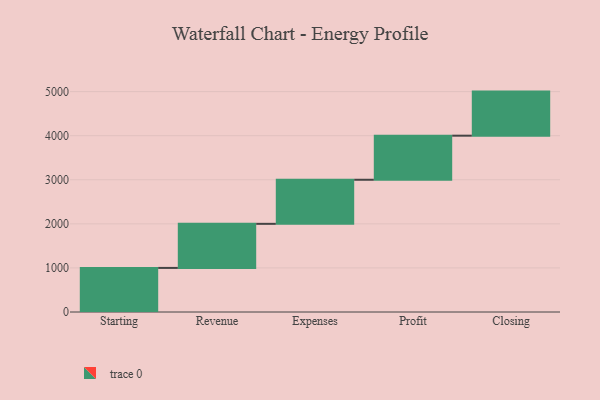
{"axis": {"x": "Step", "y": "Value"}, "legend": [""], "data": [{"x": "Starting", "y": 1000, "type": ""}, {"x": "Revenue", "y": 1000, "type": ""}, {"x": "Expenses", "y": 1000, "type": ""}, {"x": "Profit", "y": 1000, "type": ""}, {"x": "Closing", "y": 1000, "type": ""}]}